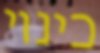
כינוי